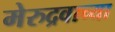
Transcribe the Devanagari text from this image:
मेरुद्रवाच्या